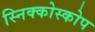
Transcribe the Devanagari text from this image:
स्निक्कोस्कोप